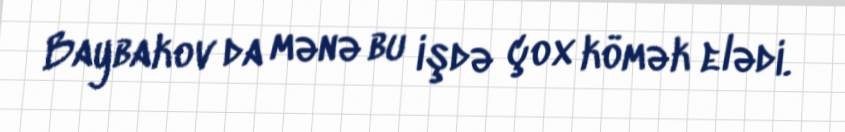
Baybakov da mənə bu işdə çox kömək elədi.